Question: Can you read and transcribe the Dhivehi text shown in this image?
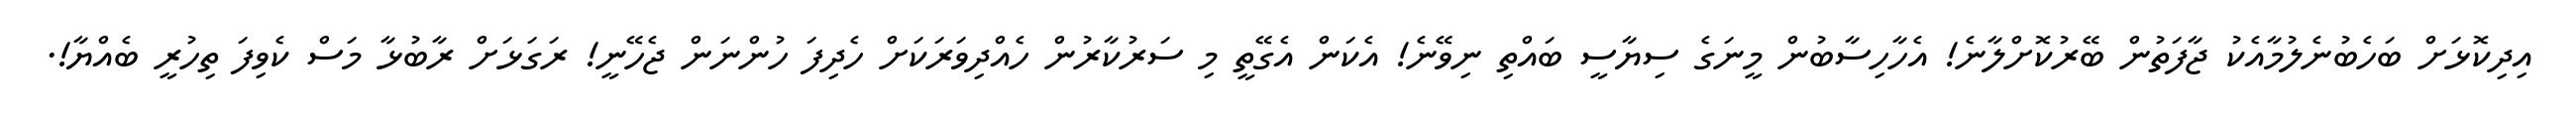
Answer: އިދިކޮޅަށް ބަހެބުނެލުމާއެކު ޖާފަތުން ބޭރުކޮށްލާނެ! އެހާހިސާބުން މީނަގެ ސިޔާސީ ބައްތި ނިވޭނެ! އެކަން އެގޭތީ މި ސަރުކާރުން ހެއްދިވަރަކަށް ހެދިފަ ހުންނަން ޖެހޭނީ! ރަގަޅަށް ރާބުޅާ މަސް ކެވިފަ ތިހުރީ ބެއްޔާ!.